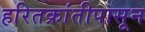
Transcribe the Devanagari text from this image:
हरितक्रांतीपासून